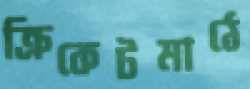
ক্রিকেটমাঠে